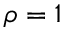
\rho = 1